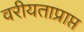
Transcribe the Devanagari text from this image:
वरीयताप्राप्त